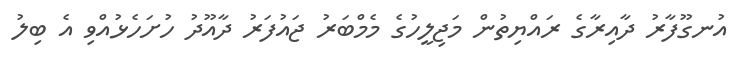
އުނގޫފާރު ދާއިރާގެ ރައްޔިތުން މަޖިލީހުގެ މެމްބަރު ޖައުފަރު ދާއޫދު ހުށަހެޅުއްވި އެ ބިލު